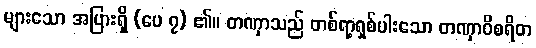
များသော အပြားရှိ (ပေ ၇) ၏။ တဏှာသည် တစ်ရာ့ရှစ်ပါးသော တဏှာဝိစရိတ